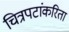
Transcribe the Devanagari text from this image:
चित्रपटांकरिता